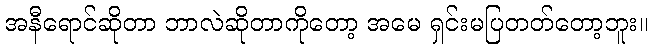
အနီရောင်ဆိုတာ ဘာလဲဆိုတာကိုတော့ အမေ ရှင်းမပြတတ်တော့ဘူး။